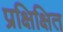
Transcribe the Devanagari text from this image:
प्रक्षिक्षित